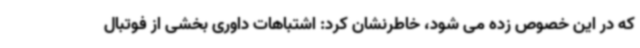
که در این خصوص زده می شود، خاطرنشان کرد: اشتباهات داوری بخشی از فوتبال